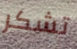
تشكر